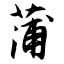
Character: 蒲